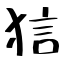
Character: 狺